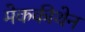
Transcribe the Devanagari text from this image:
मेककीथेन